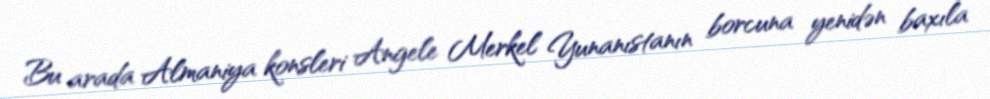
Bu arada Almaniya konsleri Angele Merkel Yunanıstanın borcuna yenidən baxıla